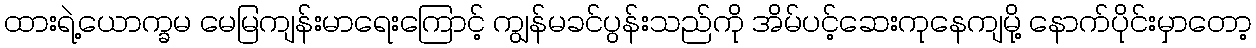
ထားရဲ့ယောက္ခမ မေမြကျန်းမာရေးကြောင့် ကျွန်မခင်ပွန်းသည်ကို အိမ်ပင့်ဆေးကုနေကျမို့ နောက်ပိုင်းမှာတော့